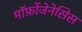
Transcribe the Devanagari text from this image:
मॉर्फ़ोजेनेसिस